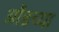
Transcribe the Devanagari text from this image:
ओंडच्या